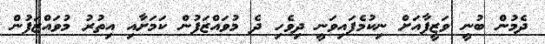
ދެމުން ބުނީ ވަޒީފާއަށް ނިކުމެފައިވަނީ ދިވެހި ދެ މުވައްޒަފުން ކަމަށާއި އިތުރު މުވައްޒަފުން